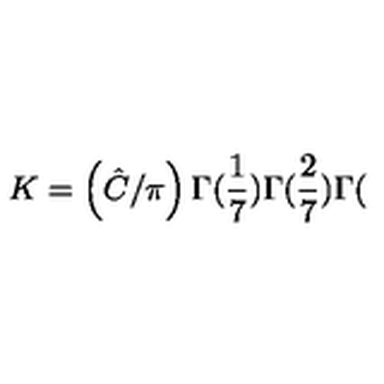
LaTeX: K = \left( \hat { C } / \pi \right) \Gamma ( \frac { 1 } { 7 } ) \Gamma ( \frac { 2 } { 7 } ) \Gamma (